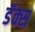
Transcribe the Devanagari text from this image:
डॅक्स